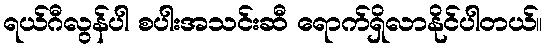
ရယ်ဂီလွန်ပါ စပါးအသင်းဆီ ရောက်ရှိလာနိုင်ပါတယ်။